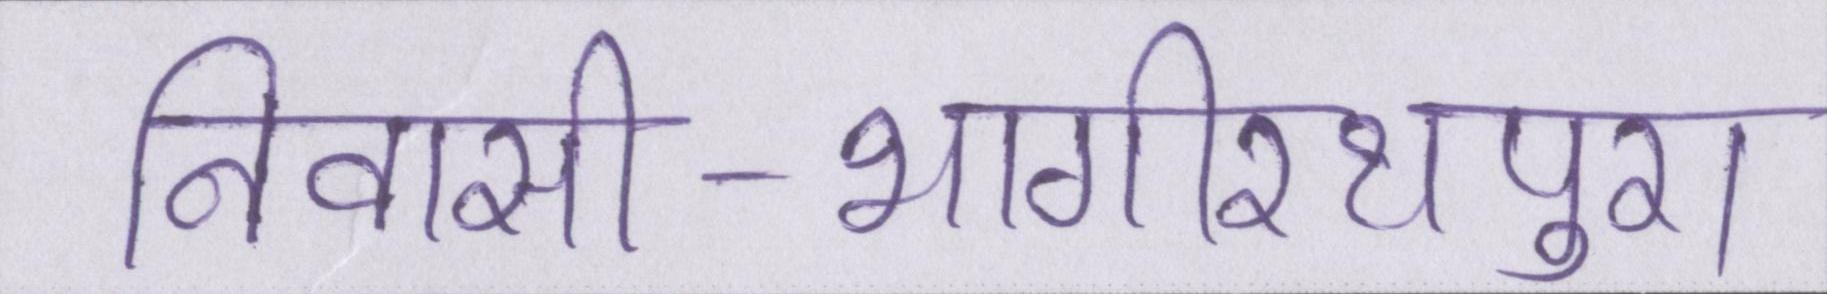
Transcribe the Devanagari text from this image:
निवासी-भागीरथपुरा